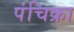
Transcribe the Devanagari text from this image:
पंचिक्रा